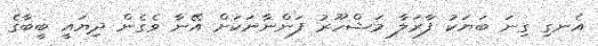
އެނގި ގިނަ ބަޔަކު ފާރަލާ މަޝްހޫރު ފަންނާނަކަށް އޭނާ ވެގެން ދިޔައީ ބީބާގެ